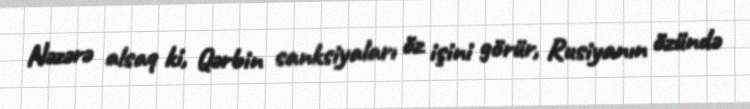
Nəzərə alsaq ki, Qərbin sanksiyaları öz işini görür, Rusiyanın özündə